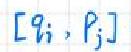
$[q_i,p_j]$